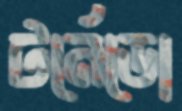
টর্নেডো